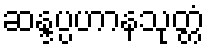
ဆန္ဒပ္ပဟာနသုတ္တံ